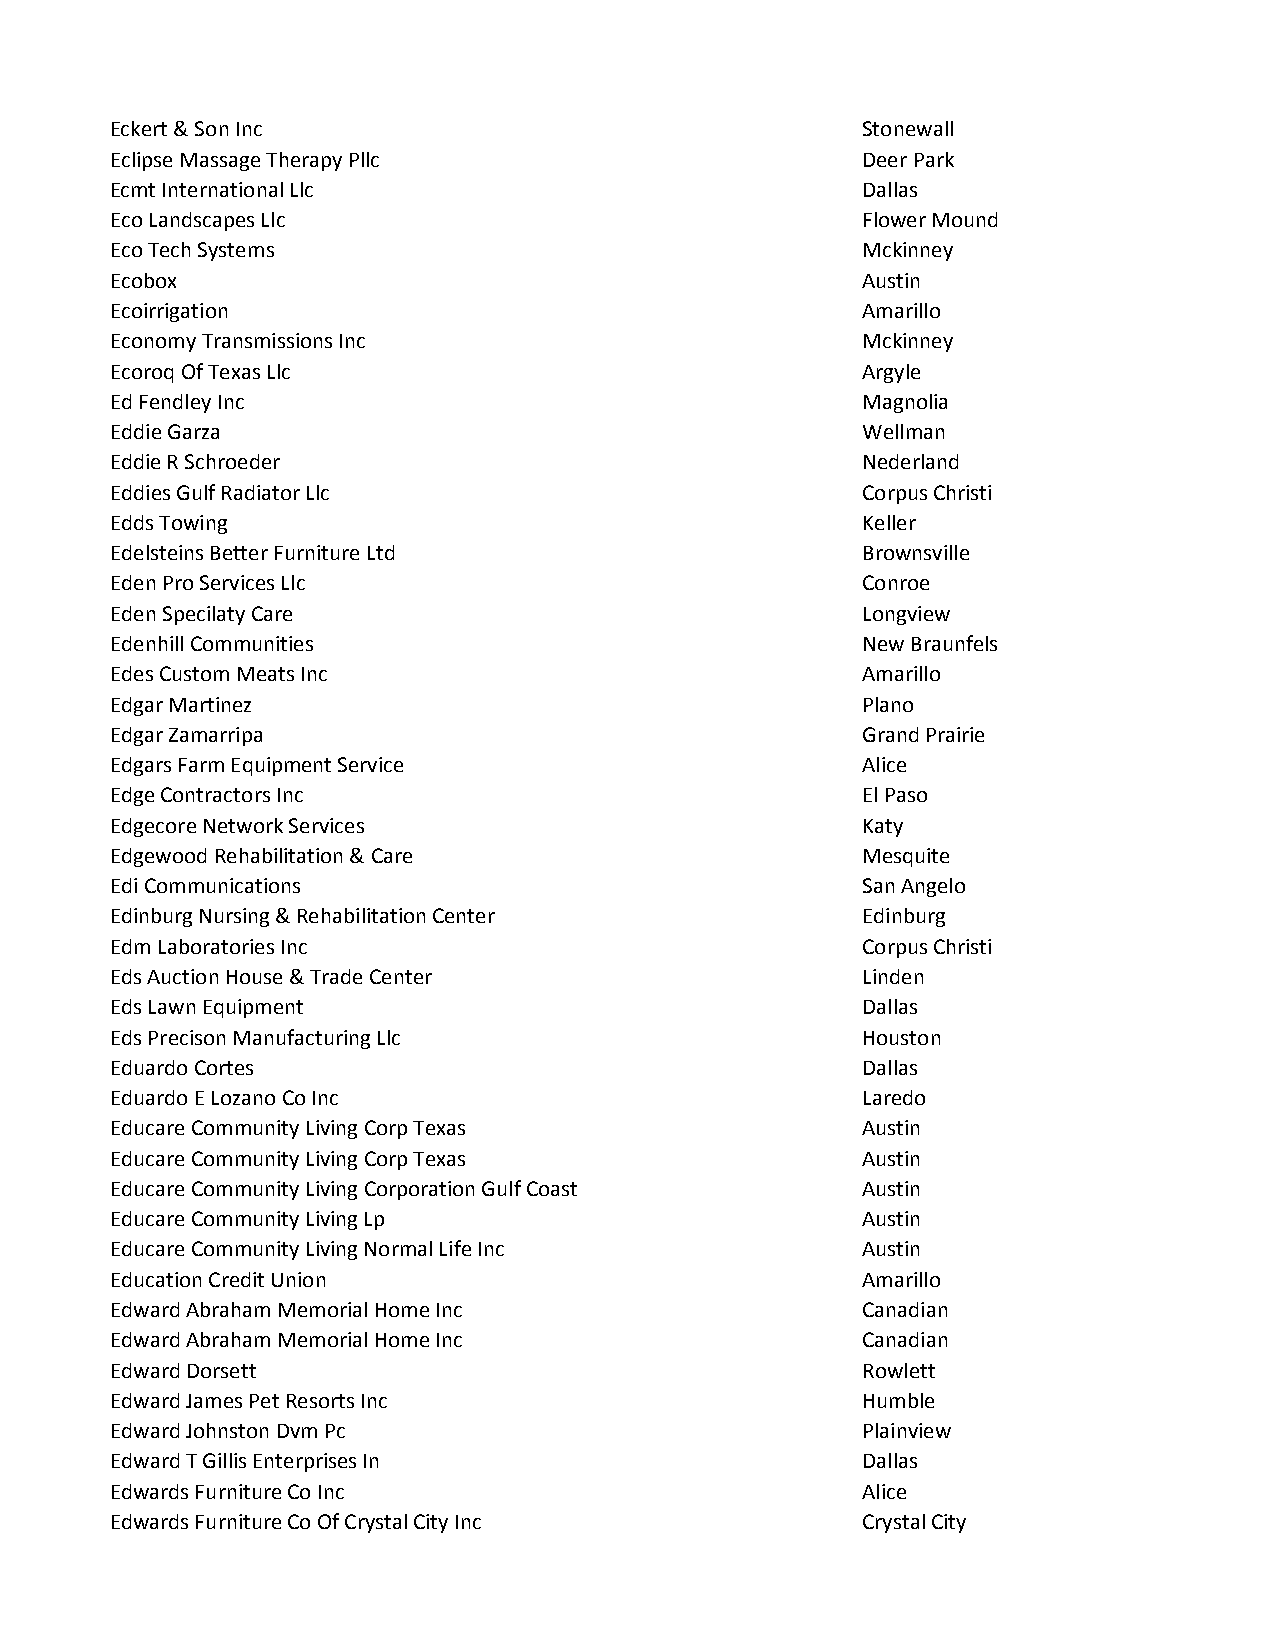
Eckert & Son Inc                                  Stonewall
 Eclipse Massage Therapy Pllc                      Deer Park
 Ecmt International Llc                            Dallas
 Eco Landscapes Llc                                Flower Mound
 Eco Tech Systems                                  Mckinney
 Ecobox                                            Austin
 Ecoirrigation                                     Amarillo
 Economy Transmissions Inc                         Mckinney
 Ecoroq Of Texas Llc                               Argyle
 Ed Fendley Inc                                    Magnolia
 Eddie Garza                                       Wellman
 Eddie R Schroeder                                 Nederland
 Eddies Gulf Radiator Llc                          Corpus Christi
 Edds Towing                                       Keller
 Edelsteins Better Furniture Ltd                   Brownsville
 Eden Pro Services Llc                             Conroe
 Eden Specilaty Care                               Longview
 Edenhill Communities                              New Braunfels
 Edes Custom Meats Inc                             Amarillo
 Edgar Martinez                                    Plano
 Edgar Zamarripa                                   Grand Prairie
 Edgars Farm Equipment Service                     Alice
 Edge Contractors Inc                              El Paso
 Edgecore Network Services                         Katy
 Edgewood Rehabilitation & Care                    Mesquite
 Edi Communications                                San Angelo
 Edinburg Nursing & Rehabilitation Center          Edinburg
 Edm Laboratories Inc                              Corpus Christi
 Eds Auction House & Trade Center                  Linden
 Eds Lawn Equipment                                Dallas
 Eds Precison Manufacturing Llc                    Houston
 Eduardo Cortes                                    Dallas
 Eduardo E Lozano Co Inc                           Laredo
 Educare Community Living Corp Texas               Austin
 Educare Community Living Corp Texas               Austin
 Educare Community Living Corporation Gulf Coast   Austin
 Educare Community Living Lp                       Austin
 Educare Community Living Normal Life Inc          Austin
 Education Credit Union                            Amarillo
 Edward Abraham Memorial Home Inc                  Canadian
 Edward Abraham Memorial Home Inc                  Canadian
 Edward Dorsett                                    Rowlett
 Edward James Pet Resorts Inc                      Humble
 Edward Johnston Dvm Pc                            Plainview
 Edward T Gillis Enterprises In                    Dallas
 Edwards Furniture Co Inc                          Alice
 Edwards Furniture Co Of Crystal City Inc          Crystal City